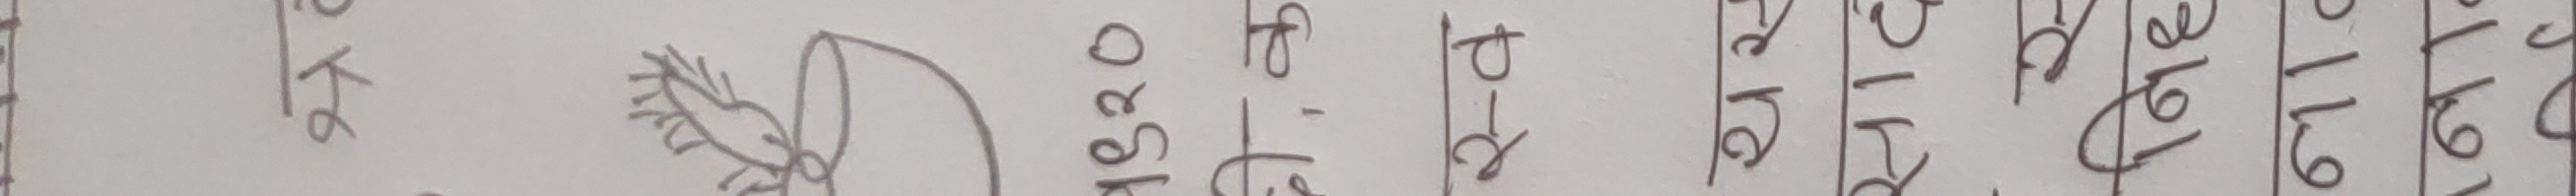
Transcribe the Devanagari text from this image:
के। १६२० । पी-२ । १५। १६। १६९ ।